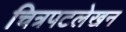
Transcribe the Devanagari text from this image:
चित्रपटलेखन